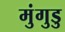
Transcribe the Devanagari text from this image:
मुंगुडु